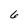
Character: 6